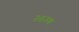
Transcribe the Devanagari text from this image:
२४३ण